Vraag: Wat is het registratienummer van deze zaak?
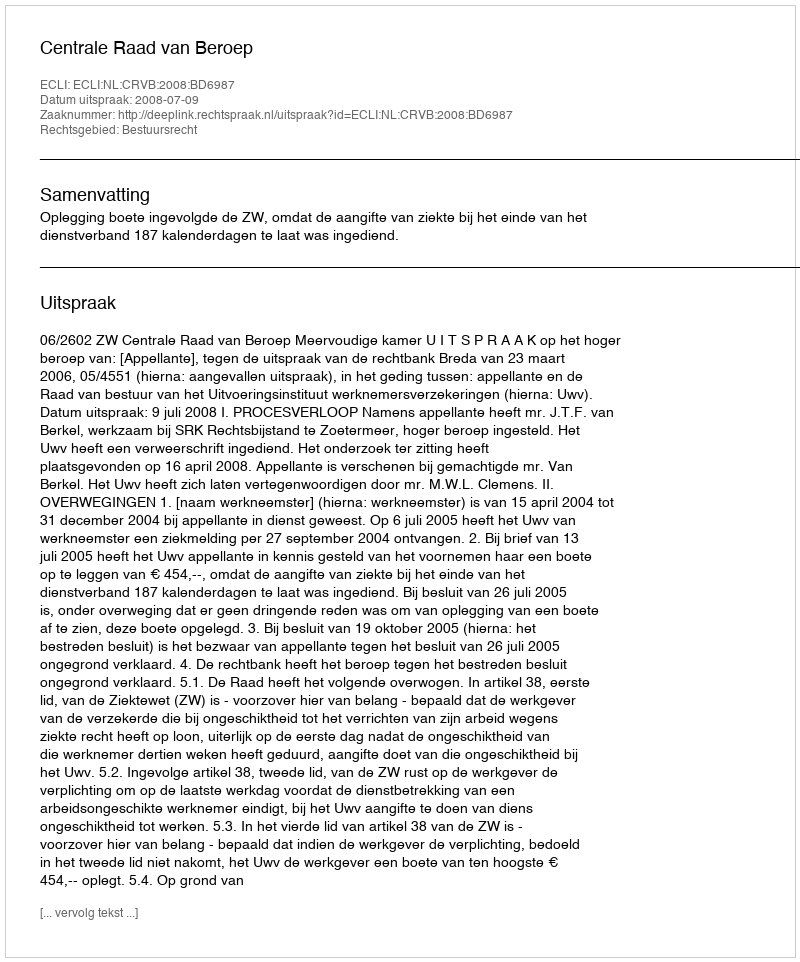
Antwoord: http://deeplink.rechtspraak.nl/uitspraak?id=ECLI:NL:CRVB:2008:BD6987